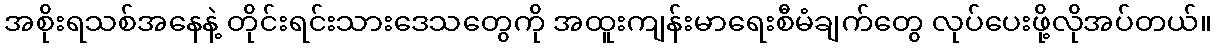
အစိုးရသစ်အနေနဲ့ တိုင်းရင်းသားဒေသတွေကို အထူးကျန်းမာရေးစီမံချက်တွေ လုပ်ပေးဖို့လိုအပ်တယ်။